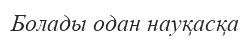
Болады одан науқасқа